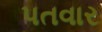
પતવાર